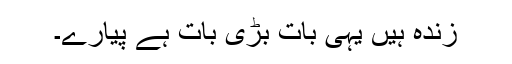
زندہ ہیں یہی بات بڑی بات ہے پیارے۔